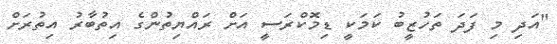
"އަދި މި ފަދަ ތަހުޒީބު ކަމަކީ ޑިމޮކްރަސީ އަށް ރައްޔިތުންގެ އިތުބާރު އިތުރަށް